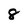
Character: 8